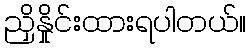
ညှိနှိုင်းထားရပါတယ်။